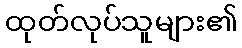
ထုတ်လုပ်သူများ၏